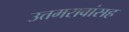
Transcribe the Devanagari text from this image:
उत्तमरावांसह